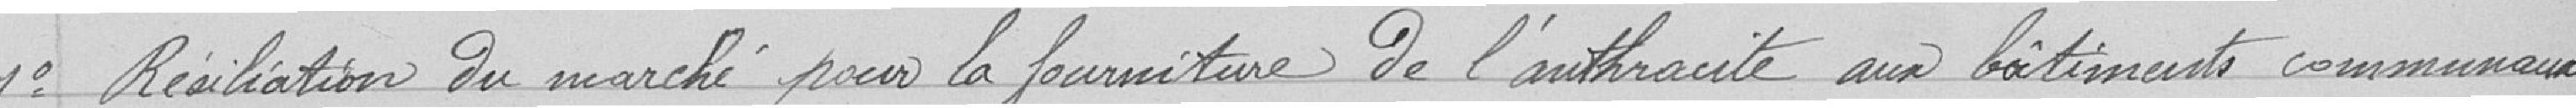
1° résiliation du marché pour la fourniture de l'anthracite aux bâtiments communaux